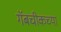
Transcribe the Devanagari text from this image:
गॅबचीकच्या